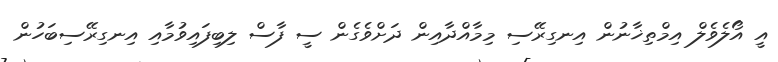
އީ އޯލެވެލް އިމްތިޚާނުން އިނގިރޭސި މިމާއްދާއިން ދަށްވެގެން ސީ ފާސް ލިބިފައިވުމާއި އިނގިރޭސިބަހުން